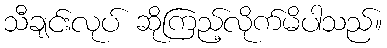
သီချင်းလုပ် ဆိုကြည့်လိုက်မိပါသည်။